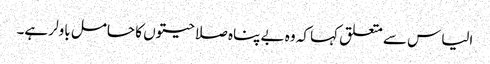
الیاس سے متعلق کہا کہ وہ بے پناہ صلاحیتوں کا حامل باولر ہے۔